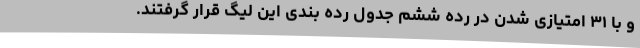
و با ۳۱ امتیازی شدن در رده ششم جدول رده بندی این لیگ قرار گرفتند.